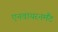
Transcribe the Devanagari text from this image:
एनवायरनमैंट